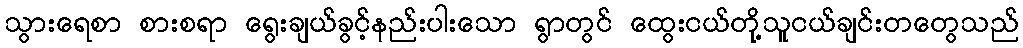
သွားရေစာ စားစရာ ရွေးချယ်ခွင့်နည်းပါးသော ရွာတွင် ထွေးငယ်တို့သူငယ်ချင်းတတွေသည်